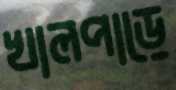
খালপাড়ে